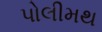
પોલીમથ